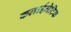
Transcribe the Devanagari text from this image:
कलाईमेटिक